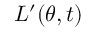
L ^ { \prime } ( \theta , t )